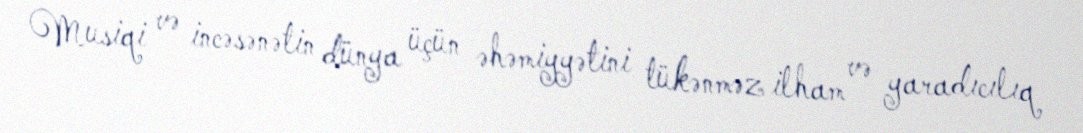
Musiqi və incəsənətin dünya üçün əhəmiyyətini tükənməz ilham və yaradıcılıq